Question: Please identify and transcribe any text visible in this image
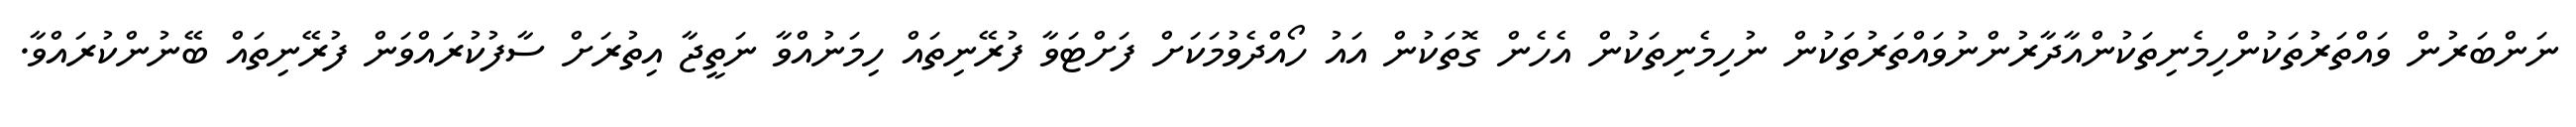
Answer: ނަންބަރުން ވައްތަރުތަކުންހިމެނިތަކުންއާދާރުންނުވައްތަރުތަކުން ނުހިމެނިތަކުން އެހެން ގޮތަކުން އައު ހޯއްދެވުމަކަށް ފަށްޓަވާ ފުރޭނިތައް ހިމަނުއްވާ ނަތީޖާ އިތުރަށް ސާފުކުރައްވަން ފުރޭނިތައް ބޭނުންކުރައްވާ.